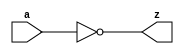
// This program was cloned from: https://github.com/siliconcompiler/lambdalib
// License: MIT License

//#############################################################################
//# Function: Inverter                                                        #
//# Copyright: Lambda Project Authors. All rights Reserved.                   #
//# License:  MIT (see LICENSE file in Lambda repository)                     #
//#############################################################################

module la_inv #(
    parameter PROP = "DEFAULT"
) (
    input  a,
    output z
);

    assign z = ~a;

endmodule